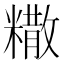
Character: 糤